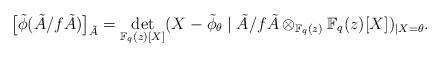
LaTeX: \begin{align*}\big[\tilde{\phi}(\tilde{A}/ f \tilde{A})\big]_{\tilde{A}}=\det_{\mathbb{F}_q(z)[X]}(X-\tilde{\phi}_{\theta} \mid \tilde{A}/f\tilde{A}\otimes_{\mathbb{F}_q(z)} \mathbb{F}_q(z)[X])_{|X=\theta}.\end{align*}